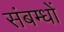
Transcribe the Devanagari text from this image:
संबम्धों